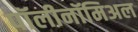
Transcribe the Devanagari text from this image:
पॉलीनॉमिअल